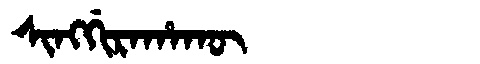
Manchu: ᠰᡳᠩᡤᡳᡵᠠᡥᠠᡴᡡ
Romanization: SINGGIRAHAKŪ